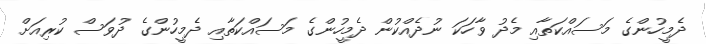
ދެމީހުންގެ މަސައްކަތާއި މެދު ވާހަކަ ނުދެއްކުން ދެމީހުންގެ މަސައްކަތާއި ދެމީހުންގެ ދުވަސް ކުރިއަށް